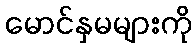
မောင်နှမများကို